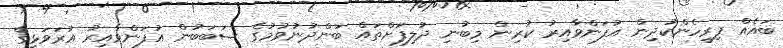
ބައެއް ފިރިހެންކުދިން އުފަންވާއިރު ކުރިން މިބުނި ދުލިފަށްތައް ބަންދުނުވުމުގެ ސަބަބުން އުފަންވާއިރު އުރަވަޅީގެ